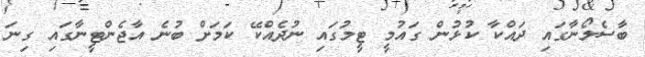
ބާސެލޯނާގައި ދައްކާ ކުޅުން ގައުމީ ޓީމުގައި ނުދެއްކޭ ކަމަށް ބުނެ އާޖެންޓީނާގައި ގިނަ